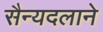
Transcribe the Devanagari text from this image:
सैन्यदलाने